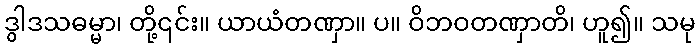
ဒွါဒသဓမ္မာ၊ တို့၎င်း။ ယာယံတဏှာ။ ပ။ ဝိဘဝတဏှာတိ၊ ဟူ၍။ သမု